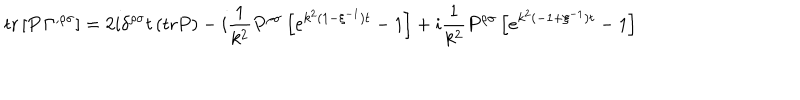
\mathrm { t r } \left[ P \, \Gamma ^ { , \rho \sigma } \right] = 2 i \delta ^ { \rho \sigma } t \, ( \mathrm { t r } P ) - i \frac { 1 } { k ^ { 2 } } P ^ { \rho \sigma } \left[ e ^ { k ^ { 2 } ( 1 - \xi ^ { - 1 } ) t } - 1 \right] + i \frac { 1 } { k ^ { 2 } } P ^ { \rho \sigma } \left[ e ^ { k ^ { 2 } ( - 1 + \xi ^ { - 1 } ) t } - 1 \right]